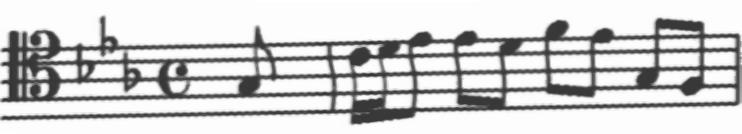
Transcription: clef-C4 keySignature-EbM timeSignature-C note-G3_eighth barline note-C4_sixteenth note-D4_sixteenth note-Eb4_eighth note-Eb4_eighth note-D4_eighth note-F4_eighth note-Eb4_eighth note-G3_eighth note-F3_eighth barline